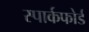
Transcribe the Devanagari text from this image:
स्पार्कफोर्ड